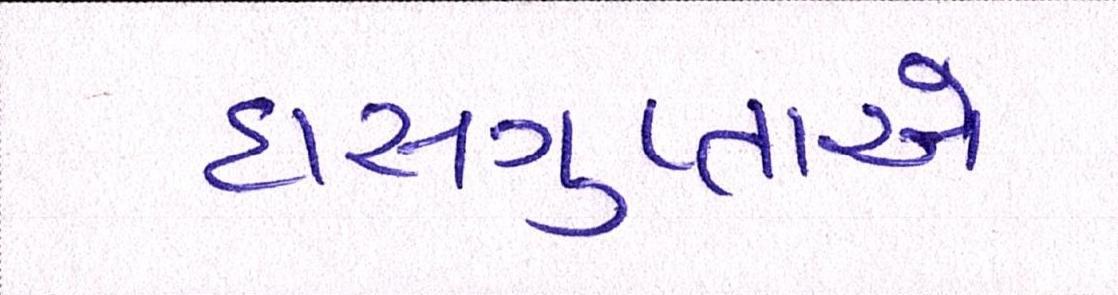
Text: દાસગુપ્તાએ